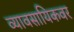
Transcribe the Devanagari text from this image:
व्यावसायिकवर